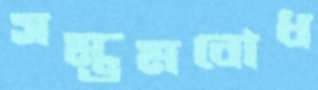
সম্ভ্রমবোধ